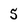
Character: 5